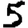
Digit: 5